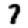
Digit: 7